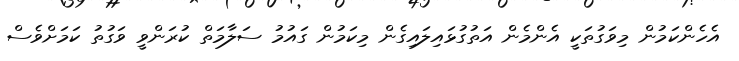
އެހެންކަމުން މިވަގުތަކީ އެންމެން އަތުގުޅައިލައިގެން މިކަމުން ގައުމު ސަލާމަތް ކުރަންވީ ވަގުތު ކަމަށްވެސް